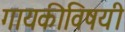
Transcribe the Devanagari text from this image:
गायकीविषयी